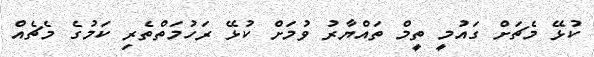
ކުޅޭ މެޗަށް ގައުމީ ތީމް ތައްޔާރު ވުމަށް ކުޅޭ ރަހުމަތްތެރި ކަމުގެ މެޗެއް